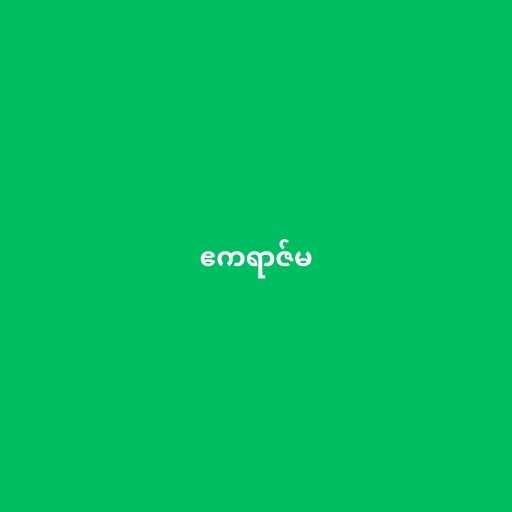
ဧကရာဇ်မ